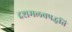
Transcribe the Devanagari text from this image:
दशमलवपद्धति